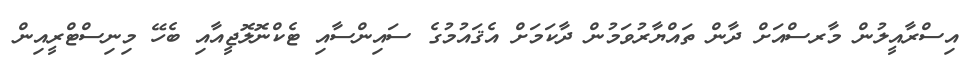
އިސްރާއީލުން މާރސްއަށް ދާން ތައްޔާރުވަމުން ދާކަމަށް އެޤައުމުގެ ސައިންސާއި ޓެކްނޮލޮޖީއާއި ބެހޭ މިނިސްޓްރީއިން